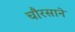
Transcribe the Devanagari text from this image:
चौरसाने